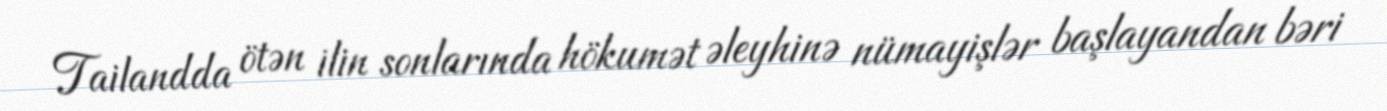
Tailandda ötən ilin sonlarında hökumət əleyhinə nümayişlər başlayandan bəri